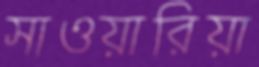
সাওয়ারিয়া